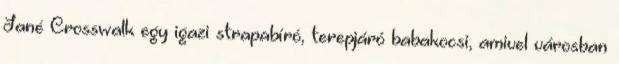
Jané Crosswalk egy igazi strapabíró, terepjáró babakocsi, amivel városban